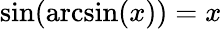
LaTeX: \sin(\arcsin(x))=x